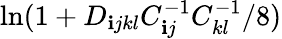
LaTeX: \ln(1+D_{\mathbf{i}jkl}C_{\mathbf{i}j}^{-1}C_{kl}^{-1}/8)